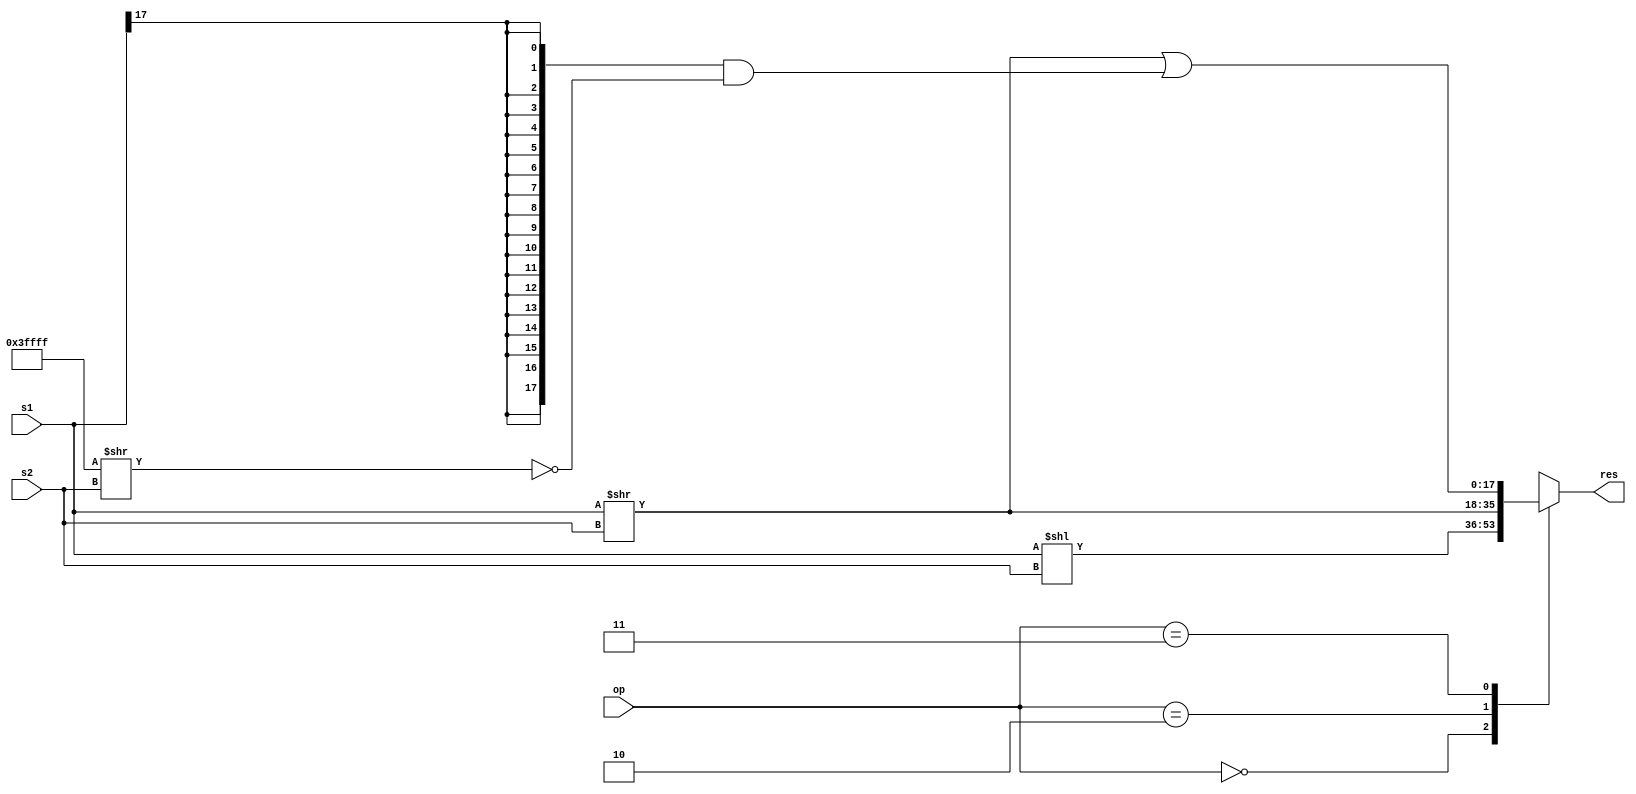
module shifter (
	input wire [17:0] s1,
	input wire [17:0] s2,
	input wire [1:0] op,
	output reg [17:0] res
);

parameter SHIFT_SHL = 0;
parameter SHIFT_SHR = 2;
parameter SHIFT_SAR = 3;

reg [17:0] tmp;

always @(*) begin
	res = 18'hxxxxx;
	case (op)
		SHIFT_SHL:
			res = s1 << s2;
		SHIFT_SHR:
			res = s1 >> s2;
		SHIFT_SAR: begin
			tmp = {18{s1[17]}};
			res = s1 >> s2 | (tmp & ~(18'h3ffff >> s2));
		end
	endcase
end

endmodule